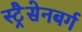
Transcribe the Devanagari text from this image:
स्ट्रैसेनबर्ग